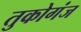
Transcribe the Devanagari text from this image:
तुकोगंज